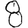
Digit: 8